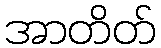
အာတိတ်